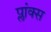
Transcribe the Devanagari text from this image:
प्लांक्स